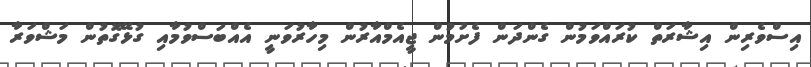
އިސްވެރިން އިޝާރަތް ކުރައްވަމުން ގެންދަން ފެށުމުން ޖީއެމްއާރުން މިހާރުވަނީ އެއްބަސްވުމާއި ގުޅޭގޮތުން މަޝްވަރާ